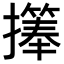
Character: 𪮹